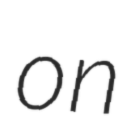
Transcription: on